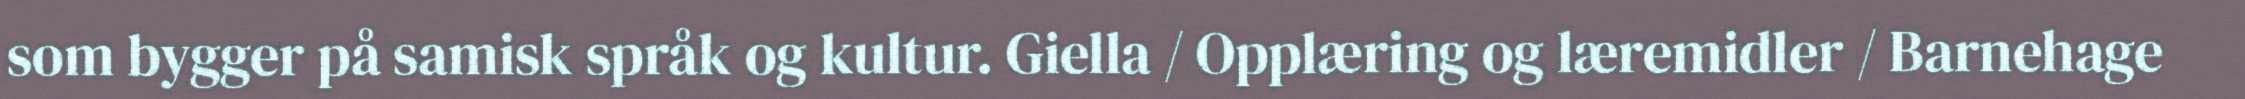
som bygger på samisk språk og kultur. Giella / Opplæring og læremidler / Barnehage